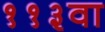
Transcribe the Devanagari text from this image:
११३वा